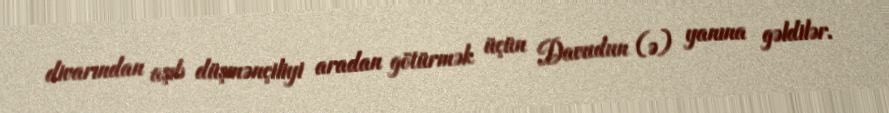
divarından aşıb düşmənçiliyi aradan götürmək üçün Davudun (ə) yanına gəldilər.